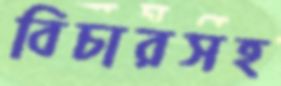
বিচারসহ